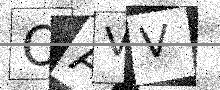
Text: OAVV